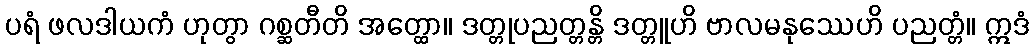
ပရံ ဖလဒါယကံ ဟုတွာ ဂစ္ဆတီတိ အတ္ထော။ ဒတ္တုပညတ္တန္တိ ဒတ္တူဟိ ဗာလမနုဿေဟိ ပညတ္တံ။ ဣဒံ